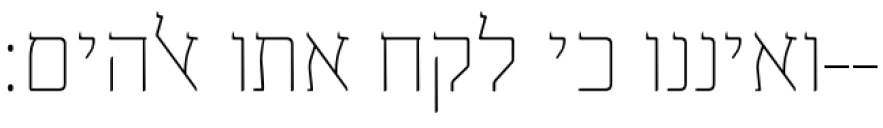
ואיננו כי לקח אתו אלהים׃--